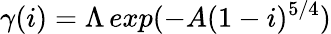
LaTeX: \gamma(i)=\Lambda\, exp(-A(1-i)^{5/4})